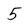
Character: 5